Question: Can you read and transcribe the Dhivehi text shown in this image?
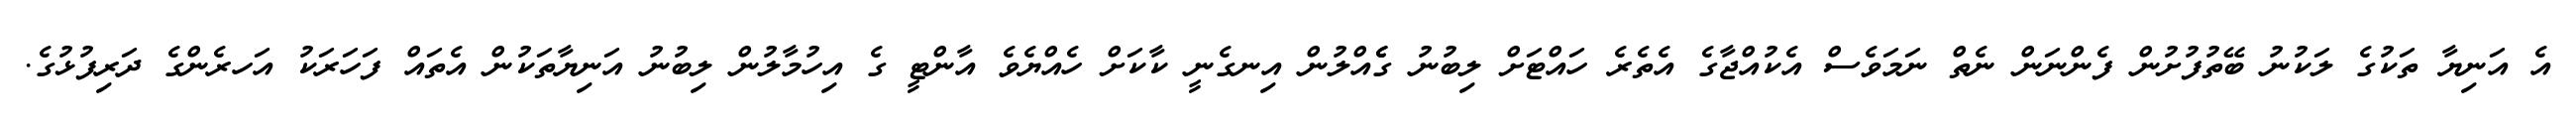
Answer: އެ އަނިޔާ ތަކުގެ ލަކުނު ބޭތުފުށުން ފެންނަން ނެތް ނަމަވެސް އެކުއްޖާގެ އެތެރެ ހައްޓަށް ލިބުނު ގެެއްލުން އިނގެނީ ކާކަށް ހެއްޔެވެ އާންޓީ ގެ އިހުމާލުން ލިބުނު އަނިޔާތަކުން އެތައް ފަހަރަކު އަހރެންގެ ދަރިފުޅުގެ.